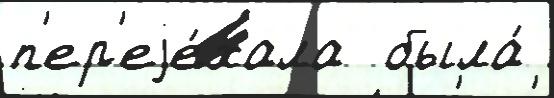
п'ер'еjе́хала  была́